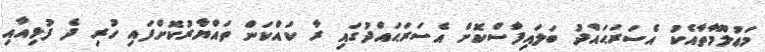
މަޢުލޫމާތާއެކު އެސަރަޙައްދު ބަލައިފާސްކޮށް އެސަރަޙައްދުގައި ރާ ކައްކަން ތައްޔާރުކޮށްފައި ހުރި ދެ ފުޅިއާއި